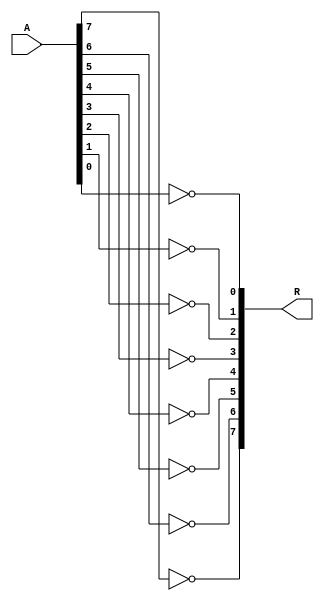
module eight_bit_NOT(R,A);
		input wire[0:7] A;
		output wire[0:7] R;
		
		not(R[0],A[0]);
		not(R[1],A[1]);
		not(R[2],A[2]);
		not(R[3],A[3]);
		not(R[4],A[4]);
		not(R[5],A[5]);
		not(R[6],A[6]);
		not(R[7],A[7]);
		
endmodule